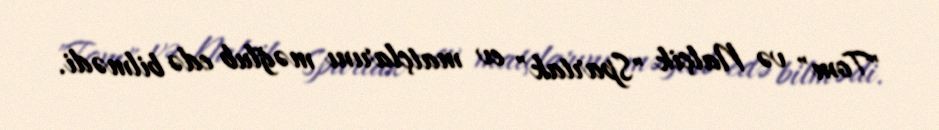
"Tom" və Nalçik "Spartak" ev matçlarını məğlub edə bilmədi.